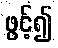
ဖွင့်၍